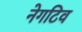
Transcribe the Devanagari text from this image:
नेगटिव